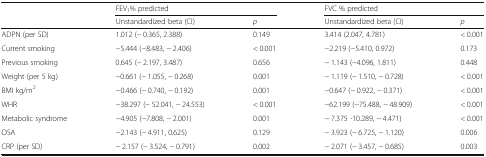
| <ROWSPAN=2>  | <COLSPAN=2> FEV1% predicted | <COLSPAN=2> FVC % predicted |
 | Unstandardized beta (CI) | p | Unstandardized beta (CI) | p |
 | --- | --- | --- | --- | --- |
 | ADPN (per SD) | 1.012 (− 0.365, 2.388) | 0.149 | 3.414 (2.047, 4.781) | < 0.001 |
 | Current smoking | −5.444 (−8.483, − 2.406) | < 0.001 | −2.219 (−5.410, 0.972) | 0.173 |
 | Previous smoking | 0.645 (− 2.197, 3.487) | 0.656 | − 1.143 (−4.096, 1.811) | 0.448 |
 | Weight (per 5 kg) | −0.661 (− 1.055, − 0.268) | 0.001 | − 1.119 (− 1.510, − 0.728) | < 0.001 |
 | BMI kg/m2 | −0.466 (− 0.740, − 0.192) | 0.001 | −0.647 (− 0.922, − 0.371) | < 0.001 |
 | WHR | −38.297 (− 52.041, − 24.553) | < 0.001 | −62.199 (−75.488, − 48.909) | < 0.001 |
 | Metabolic syndrome | −4.905 (−7.808, − 2.001) | 0.001 | − 7.375 -10.289, − 4.471) | < 0.001 |
 | OSA | −2.143 (− 4.911, 0.625) | 0.129 | − 3.923 (− 6.725, − 1.120) | 0.006 |
 | CRP (per SD) | − 2.157 (− 3.524, − 0.791) | 0.002 | − 2.071 (− 3.457, − 0.685) | 0.003 |